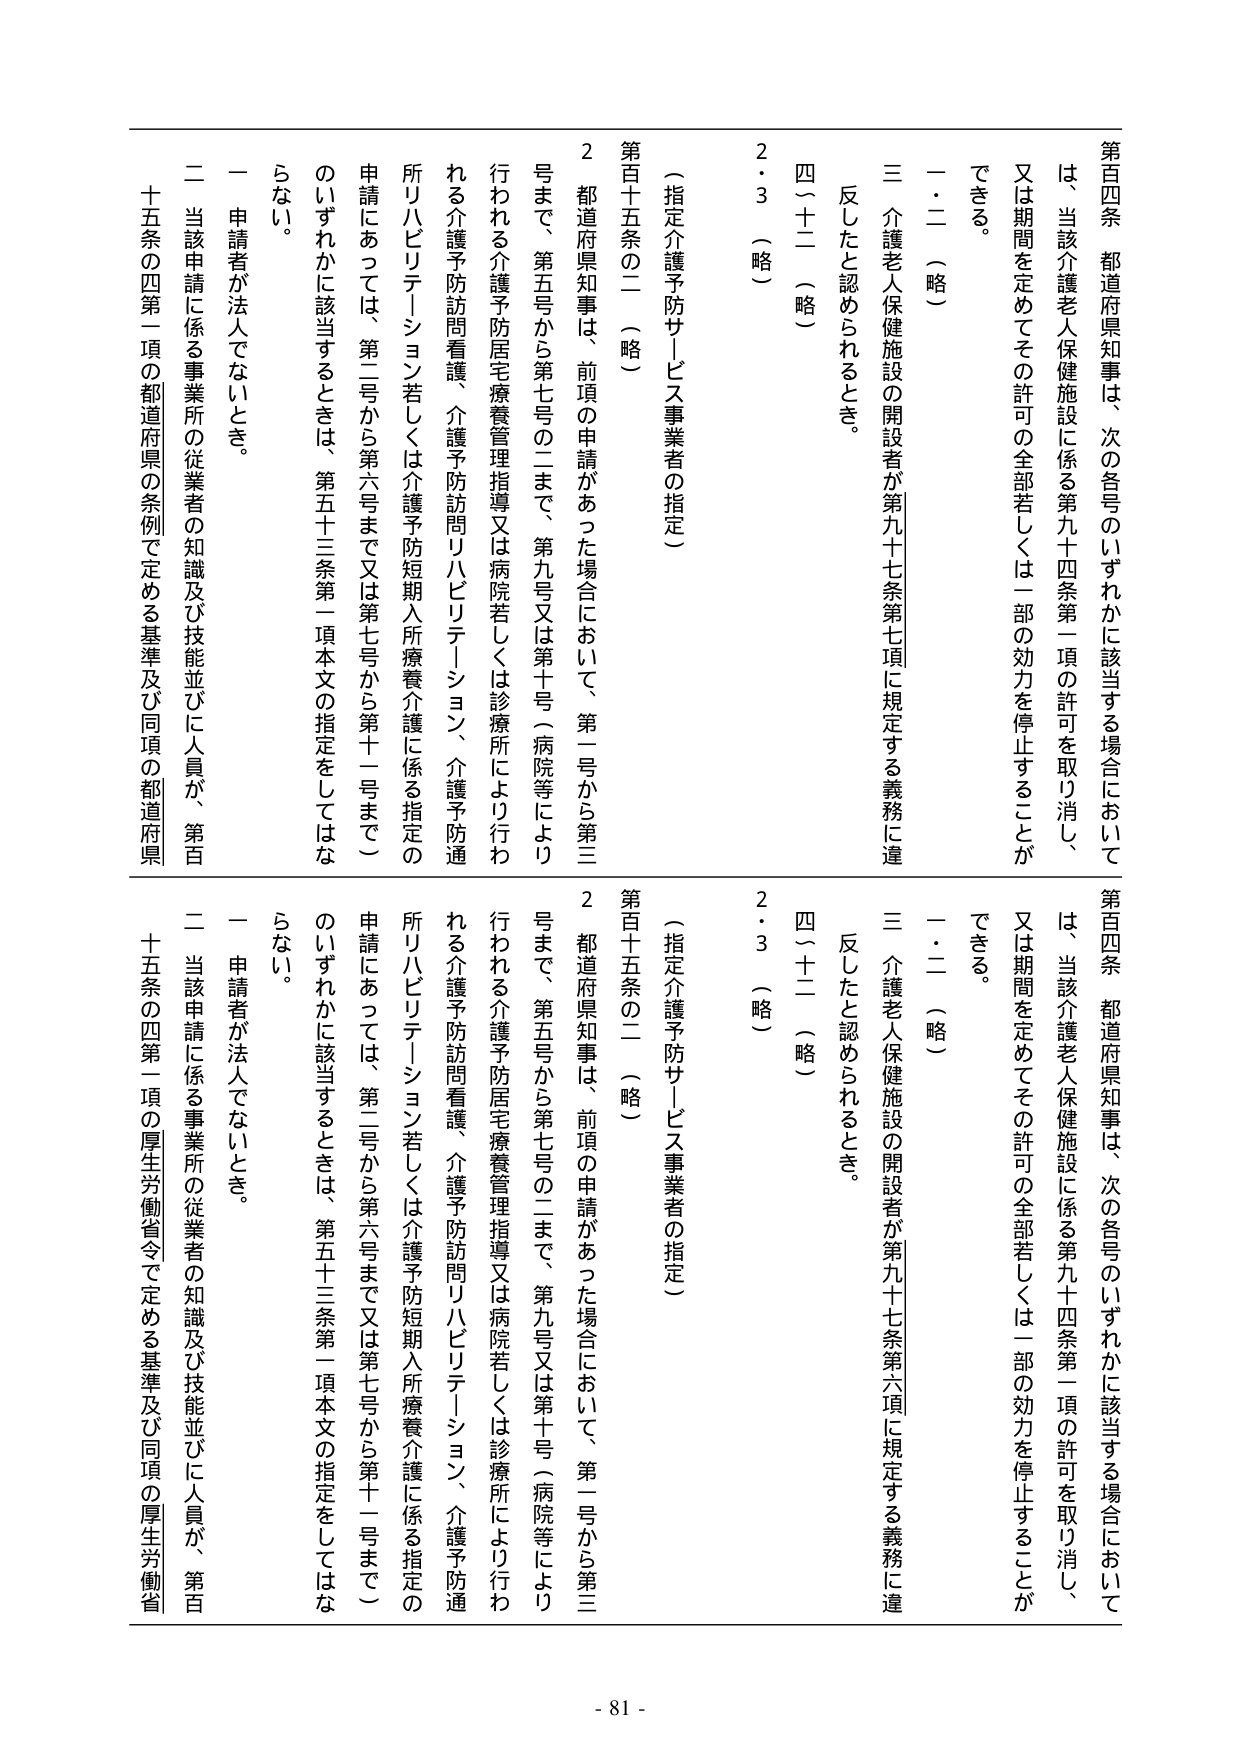
第百四条 都道府県知事は、次の各号のいずれかに該当する場合においては、当該介護老人保健施設に係る第九十四条第一項の許可を取り消し、又は期間を定めてその許可の全部若しくは一部の効力を停止することができる。
一・二（略）
三 介護老人保健施設の開設者が第九十七条第七項に規定する義務に違反したと認められるとき。
四（十二）（略）
2・3（略）

（指定介護予防サービス事業者の指定）
第百十五条の二（略）
2 都道府県知事は、前項の申請があった場合において、第一号から第三号まで、第五号から第七号の二まで、第九号又は第十号（病院等により行われる介護予防居宅療養管理指導又は病院若しくは診療所により行われる介護予防訪問看護、介護予防訪問リハビリテーション、介護予防通所リハビリテーション若しくは介護予防短期入所療養介護に係る指定の申請にあっては、第二号から第六号まで又は第七号から第十一号まで）のいずれかに該当するときは、第五十三条第一項本文の指定をしてはならない。
一 申請者が法人でないとき。
二 当該申請に係る事業所の従業者の知識及び技能並びに人員が、第百十五条の四第一項の都道府県の条例で定める基準及び同項の都道府県

第百四条 都道府県知事は、次の各号のいずれかに該当する場合においては、当該介護老人保健施設に係る第九十四条第一項の許可を取り消し、又は期間を定めてその許可の全部若しくは一部の効力を停止することができる。
一・二（略）
三 介護老人保健施設の開設者が第九十七条第六項に規定する義務に違反したと認められるとき。
四（十二）（略）
2・3（略）

（指定介護予防サービス事業者の指定）
第百十五条の二（略）
2 都道府県知事は、前項の申請があった場合において、第一号から第三号まで、第五号から第七号の二まで、第九号又は第十号（病院等により行われる介護予防居宅療養管理指導又は病院若しくは診療所により行われる介護予防訪問看護、介護予防訪問リハビリテーション、介護予防通所リハビリテーション若しくは介護予防短期入所療養介護に係る指定の申請にあっては、第二号から第六号まで又は第七号から第十一号まで）のいずれかに該当するときは、第五十三条第一項本文の指定をしてはならない。
一 申請者が法人でないとき。
二 当該申請に係る事業所の従業者の知識及び技能並びに人員が、第百十五条の四第一項の厚生労働省令で定める基準及び同項の厚生労働省

- 81 -